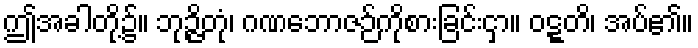
ဤအခါတို့၌။ ဘုဉ္ဇိတုံ၊ ဂဏဘောဇဉ်ကိုစားခြင်းငှာ။ ဝဋ္ဋတိ၊ အပ်၏။